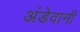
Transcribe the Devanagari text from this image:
अंडेदानी